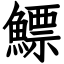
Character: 鰾